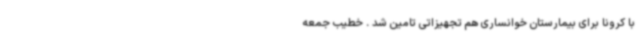
با کرونا برای بیمارستان خوانساری هم تجهیزاتی تامین شد . خطیب جمعه